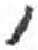
אות: ,